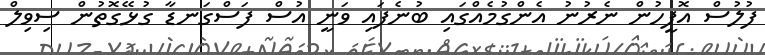
ފުލުސް އޮފީހުން ނެރުނު އެންގުމެއްގައި ބުނެފައި ވަނީ އުސް ފަސްގަނޑާ ގުޅޭގޮތުން ސިވިލް